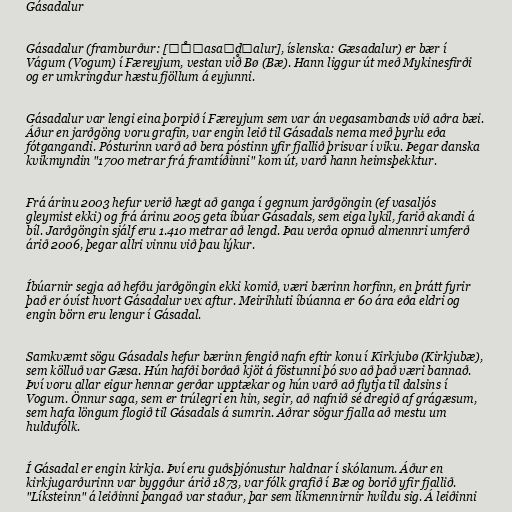
Gásadalur

Gásadalur (framburður: [ˈɡ̊ɔasaˌd̥ɛalur], íslenska: Gæsadalur) er bær í
Vágum (Vogum) í Færeyjum, vestan við Bø (Bæ). Hann liggur út með Mykinesfirði
og er umkringdur hæstu fjöllum á eyjunni.

Gásadalur var lengi eina þorpið í Færeyjum sem var án vegasambands við aðra bæi.
Áður en jarðgöng voru grafin, var engin leið til Gásadals nema með þyrlu eða
fótgangandi. Pósturinn varð að bera póstinn yfir fjallið þrisvar í viku. Þegar danska
kvikmyndin "1700 metrar frá framtíðinni" kom út, varð hann heimsþekktur.

Frá árinu 2003 hefur verið hægt að ganga í gegnum jarðgöngin (ef vasaljós
gleymist ekki) og frá árinu 2005 geta íbúar Gásadals, sem eiga lykil, farið akandi á
bíl. Jarðgöngin sjálf eru 1.410 metrar að lengd. Þau verða opnuð almennri umferð
árið 2006, þegar allri vinnu við þau lýkur.

Íbúarnir segja að hefðu jarðgöngin ekki komið, væri bærinn horfinn, en þrátt fyrir
það er óvíst hvort Gásadalur vex aftur. Meirihluti íbúanna er 60 ára eða eldri og
engin börn eru lengur í Gásadal.

Samkvæmt sögu Gásadals hefur bærinn fengið nafn eftir konu í Kirkjubø (Kirkjubæ),
sem kölluð var Gæsa. Hún hafði borðað kjöt á föstunni þó svo að það væri bannað.
Því voru allar eigur hennar gerðar upptækar og hún varð að flytja til dalsins í
Vogum. Önnur saga, sem er trúlegri en hin, segir, að nafnið sé dregið af grágæsum,
sem hafa löngum flogið til Gásadals á sumrin. Aðrar sögur fjalla að mestu um
huldufólk.

Í Gásadal er engin kirkja. Því eru guðsþjónustur haldnar í skólanum. Áður en
kirkjugarðurinn var byggður árið 1873, var fólk grafið í Bæ og borið yfir fjallið.
"Líksteinn" á leiðinni þangað var staður, þar sem líkmennirnir hvíldu sig. Á leiðinni